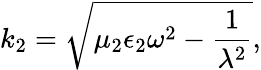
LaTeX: k_{2}=\sqrt{\mu_{2}\epsilon_{2}\omega^{2}-\frac{1}{\lambda^{2}}},